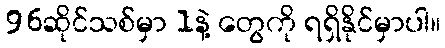
96ဆိုင်သစ်မှာ 1နဲ့ တွေကို ရရှိနိုင်မှာပါ။